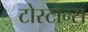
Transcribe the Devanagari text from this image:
टोस्टोन्स